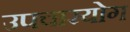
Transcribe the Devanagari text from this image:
उपचारयोग